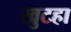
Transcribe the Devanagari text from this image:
खुटहा